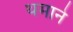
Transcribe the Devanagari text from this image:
थमाने